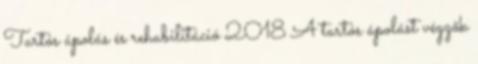
Tartós ápolás és rehabilitáció 2018 A tartós ápolást végzők